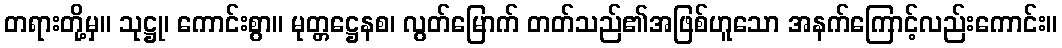
တရားတို့မှ။ သုဋ္ဌု၊ ကောင်းစွာ။ မုတ္တဋ္ဌေနစ၊ လွတ်မြောက် တတ်သည်၏အဖြစ်ဟူသော အနက်ကြောင့်လည်းကောင်း။